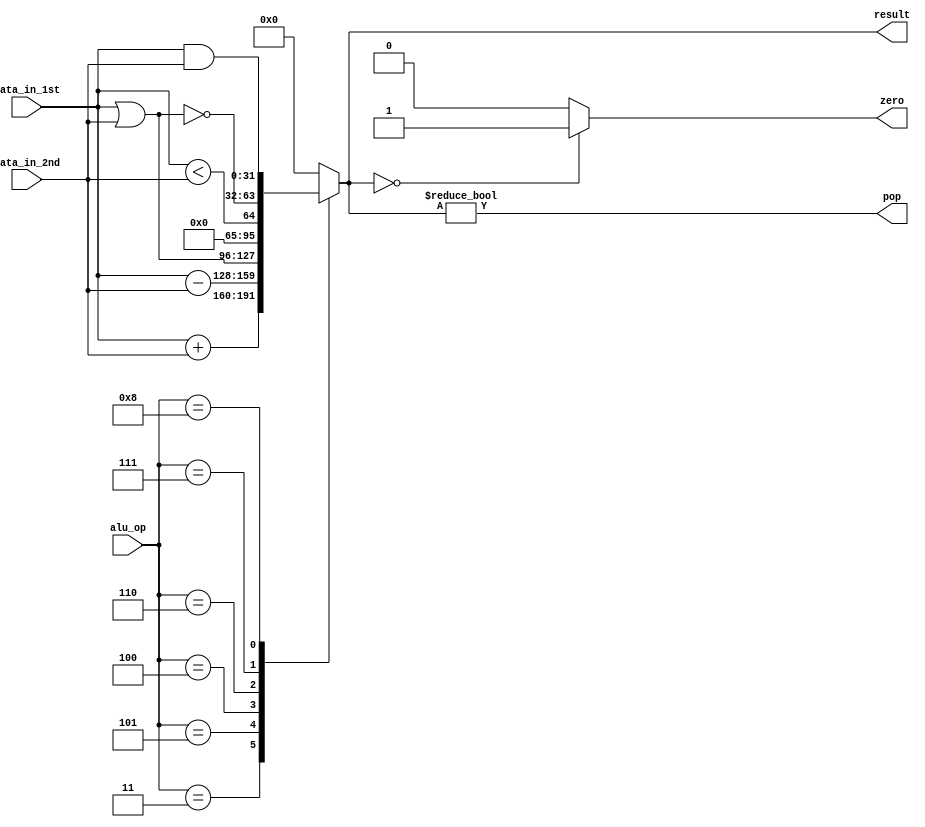
`timescale 1ns / 1ps

module ALU(
   input      [31:0] data_in_1st,
   input      [31:0] data_in_2nd,
   input      [ 3:0] alu_op,
   output            zero,
   output            pop,
   output reg [31:0] result
   );
     
   parameter ADD = 4'h3,
             OR  = 4'h4,
             SUB = 4'h5,
             SLT = 4'h6,
             NOR = 4'h7,
             AND = 4'h8; 
   
   always@( * ) begin
      case( alu_op )
         ADD : result =    data_in_1st + data_in_2nd;
         SUB : result =    data_in_1st - data_in_2nd;
         OR  : result =    data_in_1st | data_in_2nd;
         SLT : result =    data_in_1st < data_in_2nd;
         NOR : result = ~( data_in_1st | data_in_2nd );
         AND : result =    data_in_1st & data_in_2nd;
         default : result = 32'b0;
      endcase
   end

   assign zero = ( result == 32'b0 ) ? 1'b1 : 1'b0;
   assign pop  = ( result != 32'b0 );

endmodule